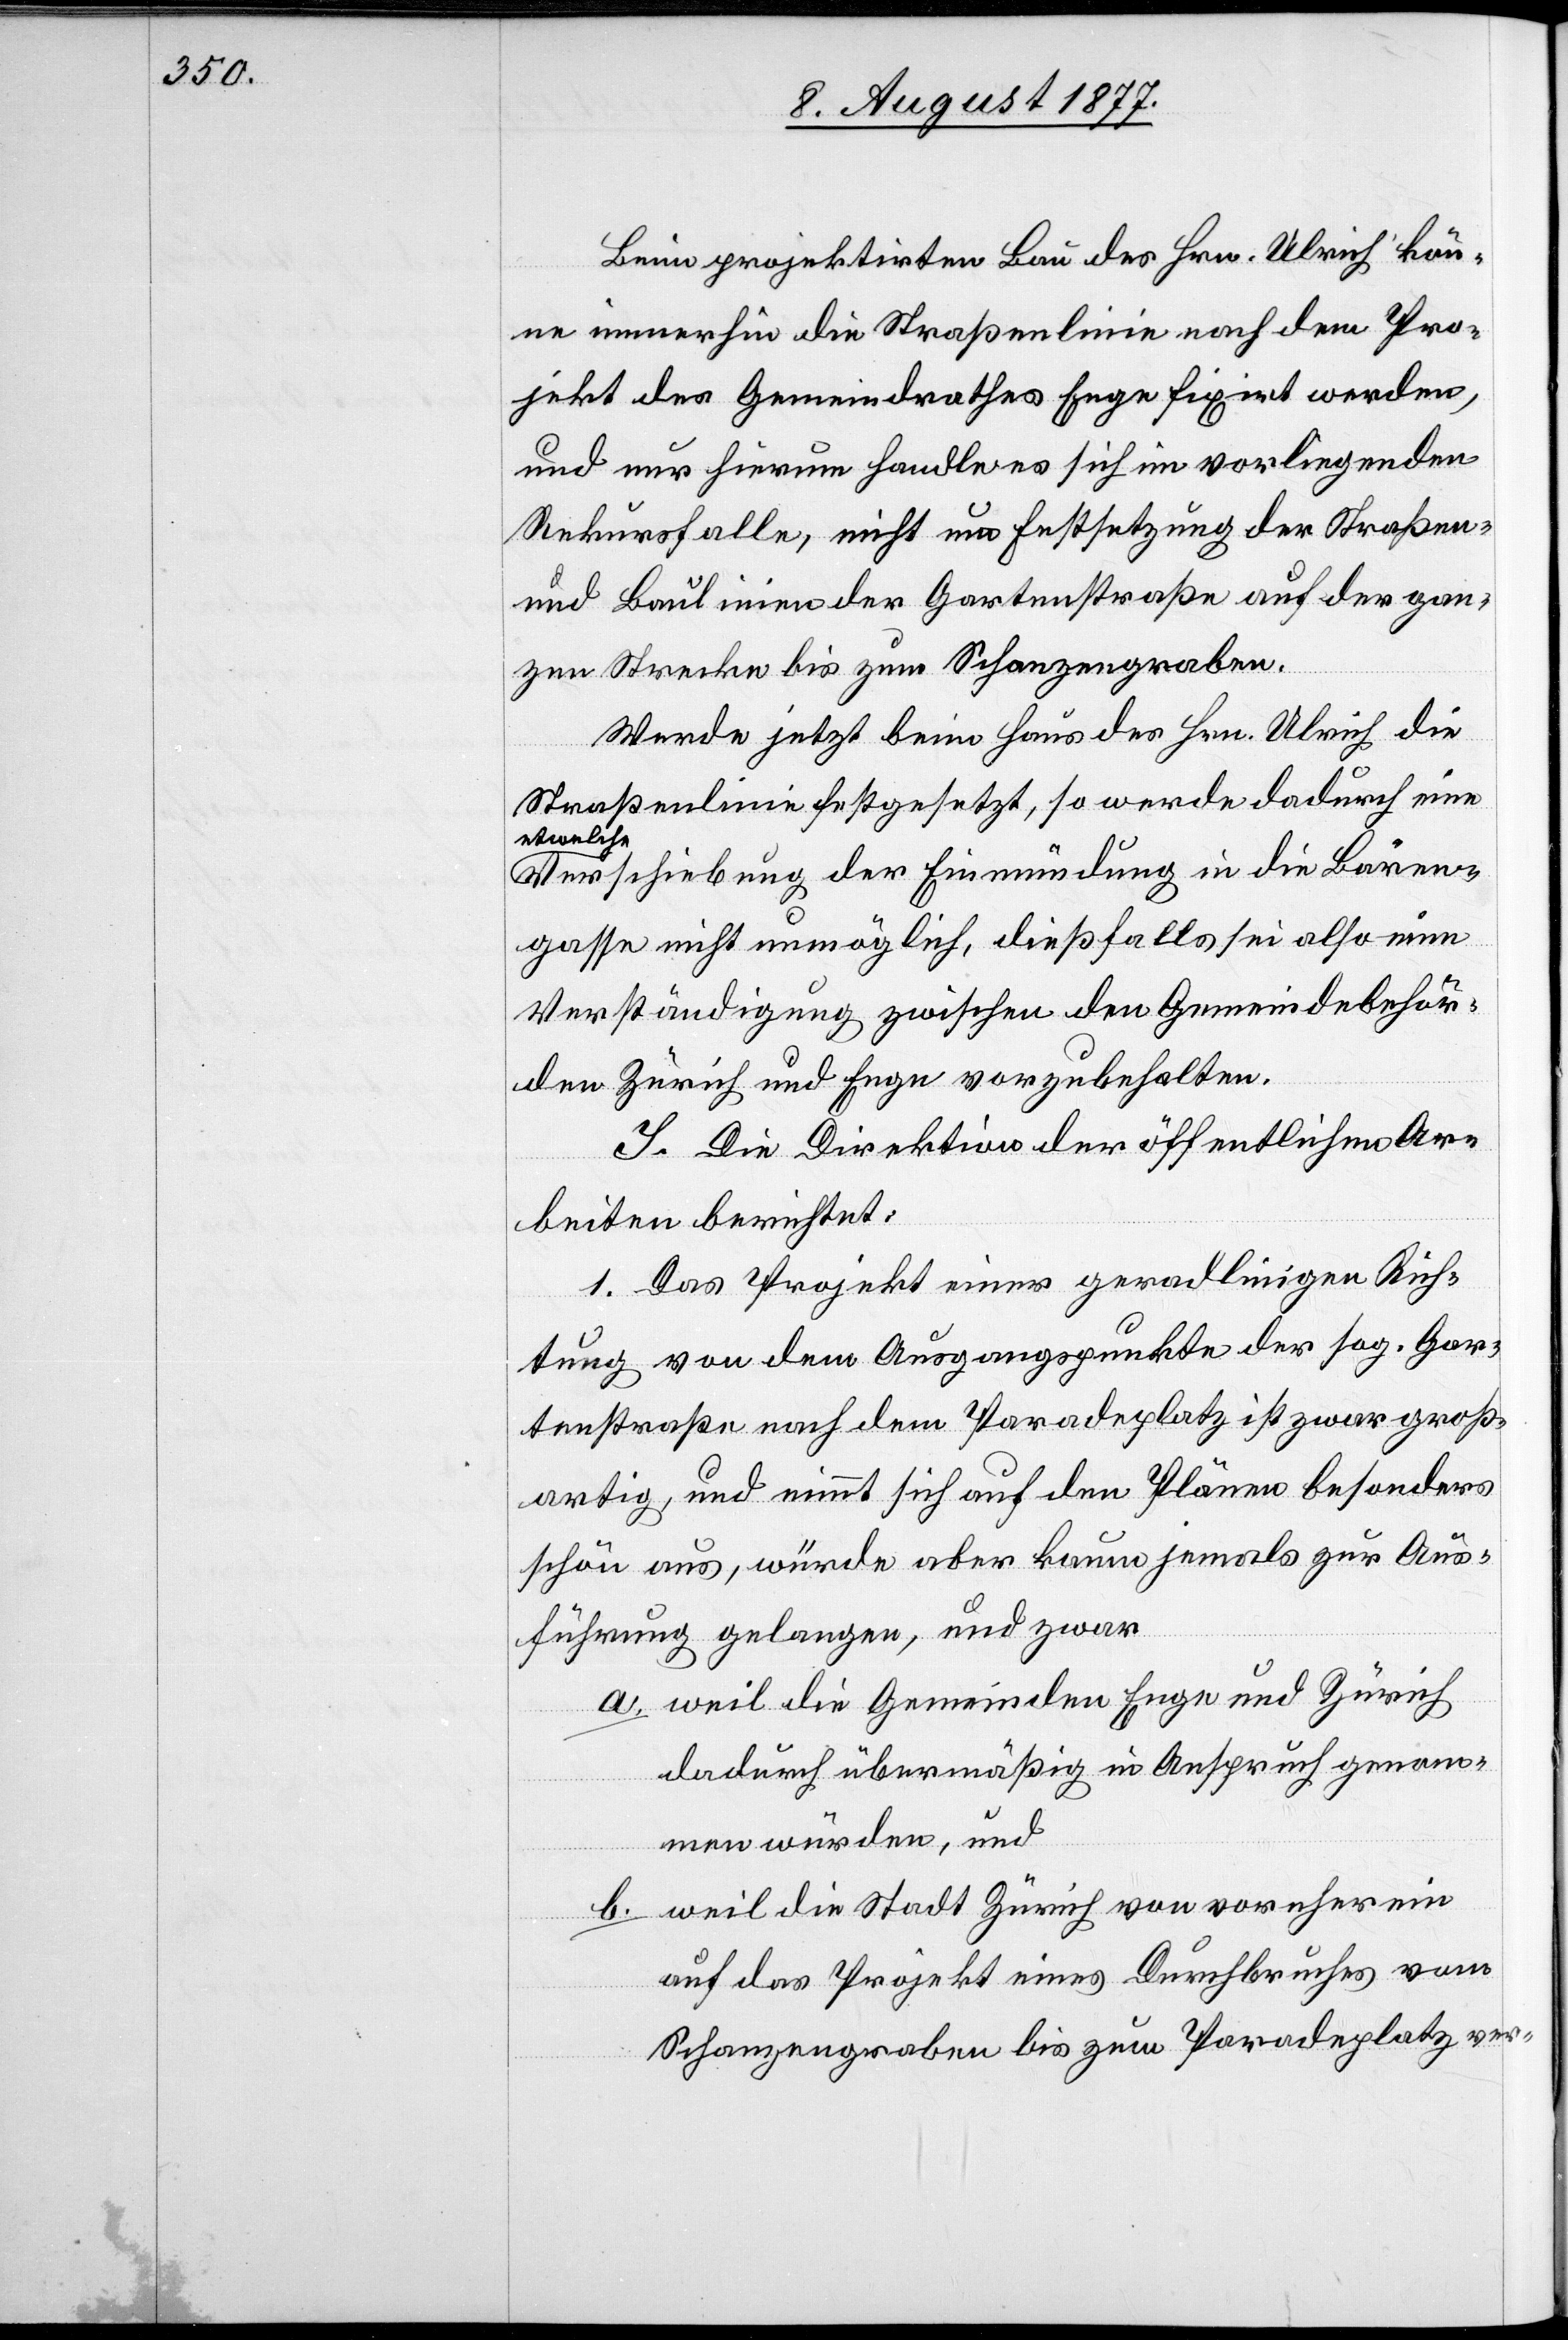
Beim projektirten Bau des Hrn. Ulrich kön¬
ne immerhin die Straßenlinie nach dem Pro¬
jekt des Gemeindrathes Enge fixirt werden,
und nur hierum handle es sich im vorliegenden
Rekursfalle, nicht um Festsetzung der Straßen-
und Baulinien der Gartenstraße auf der gan¬
zen Strecke bis zum Schanzengraben.
Werde jetzt beim Haus des Hrn. Ulrich die
Straßenlinie festgesetzt, so werde dadurch eine
etwelche
Verschiebung der Einmündung in die Bären¬
gasse nicht unmöglich, dießfalls sei also eine
Verständigung zwischen den Gemeindebehör¬
den Zürich und Enge vorzubehalten.
I. Die Direktion der öffentlichen Ar¬
beiten berichtet:
1. Das Projekt einer geradlinigen Rich¬
tung von dem Ausgangspunkte der sog. Gar¬
tenstraße nach dem Paradeplatz ist zwar groß¬
artig, und nimmt sich auf den Plänen besonders
schön aus, würde aber kaum jemals zur Aus¬
führung gelangen, und zwar
weil die Gemeinden Enge und Zürich
dadurch übermäßig in Anspruch genom¬
men würden, und
weil die Stadt Zürich von vornherein
auf das Projekt eines Durchbruches vom
Schanzengraben bis zum Paradeplatz ver-